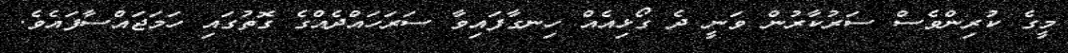
މީގެ ކުރިންވެސް ސަރުކާރުން ވަނީ ދެ ގޯޅިއެއް ހިނގާފައިވާ ސަރަހައްދެއްގެ ގޮތުގައި ހަމަޖައްސާފައެވެ.